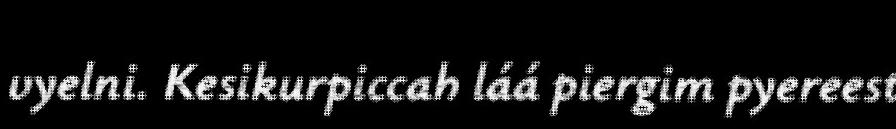
vyelni. Kesikurpiccah láá piergim pyereest